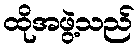
ထိုအဖွဲ့သည်